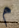
م